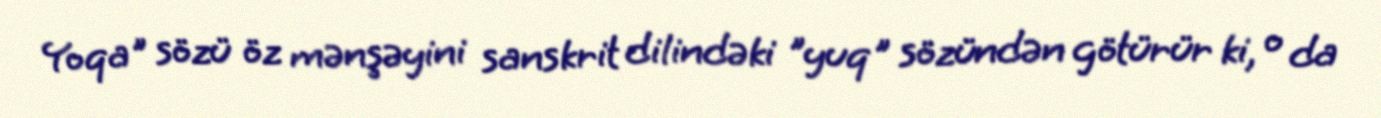
Yoqa" sözü öz mənşəyini sanskrit dilindəki "yuq" sözündən götürür ki, o da